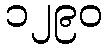
၁၂၉၀